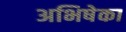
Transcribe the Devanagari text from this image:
अभिषेका